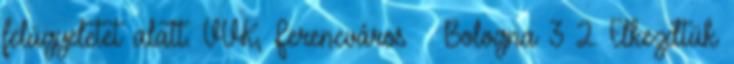
felügyeletet alatt. VVK, Ferencváros – Bologna 3 2. Elkezdtük